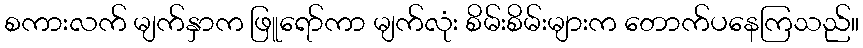
စကားလက် မျက်နှာက ဖြူရော်ကာ မျက်လုံး စိမ်းစိမ်းများက တောက်ပနေကြသည်။